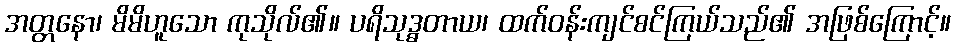
အတ္တနော၊ မိမိဟူသော ကုသိုလ်၏။ ပရိသုဒ္ဓတာယ၊ ထက်ဝန်းကျင်စင်ကြယ်သည်၏ အဖြစ်ကြောင့်။